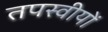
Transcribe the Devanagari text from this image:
तपस्वीयों